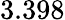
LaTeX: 3.398